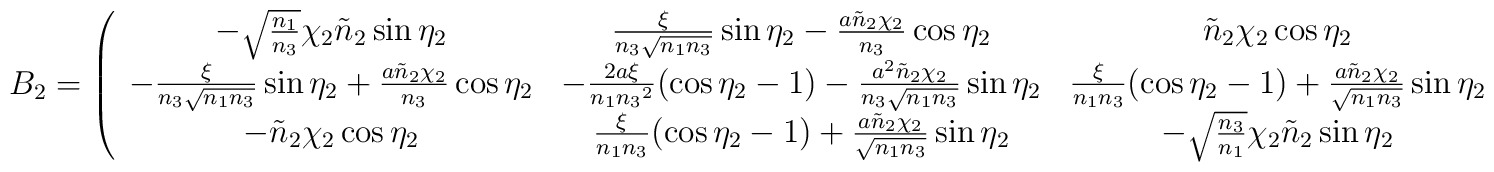
\hspace{-18mm}B_2 = \left( \begin{array}{ccc}              -\sqrt{\frac{n_1}{n_3}}\chi_2\tilde{n}_2\sin{\eta_2}                                                         & \frac{\xi}{n_3\sqrt{n_1n_3}}\sin{\eta_2} - \frac{a\tilde{n}_2\chi_2}{n_3}\cos{\eta_2}         &  \tilde{n}_2\chi_2\cos{\eta_2} \\              -\frac{\xi}{n_3\sqrt{n_1n_3}}\sin{\eta_2} + \frac{a\tilde{n}_2\chi_2}{n_3}\cos{\eta_2} & -\frac{2a\xi}{n_1{n_3}^2}(\cos{\eta_2} - 1) - \frac{a^2\tilde{n}_2\chi_2}{n_3\sqrt{n_1n_3}}\sin{\eta_2}           &  \frac{\xi}{n_1n_3}(\cos{\eta_2} - 1) + \frac{a\tilde{n}_2\chi_2}{\sqrt{n_1n_3}}\sin{\eta_2} \\              -\tilde{n}_2\chi_2\cos{\eta_2}                                                                               & \frac{\xi}{n_1n_3}(\cos{\eta_2} - 1) + \frac{a\tilde{n}_2\chi_2}{\sqrt{n_1n_3}}\sin{\eta_2}   &  -\sqrt{\frac{n_3}{n_1}}\chi_2\tilde{n}_2\sin{\eta_2}                          \end{array} \right).